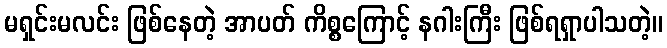
မရှင်းမလင်း ဖြစ်နေတဲ့ အာပတ် ကိစ္စကြောင့် နဂါးကြီး ဖြစ်ရရှာပါသတဲ့။